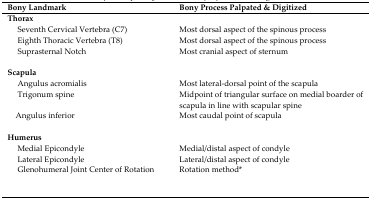
<table><thead><tr><td><b>Bony Landmark</b></td><td><b>Bony Process Palpated &amp; Digitized</b></td></tr></thead><tbody><tr><td colspan="2"><b>Thorax</b></td></tr><tr><td> Seventh Cervical Vertebra (C7)</td><td>Most dorsal aspect of the spinous process</td></tr><tr><td> Eighth Thoracic Vertebra (T8)</td><td>Most dorsal aspect of the spinous process</td></tr><tr><td> Suprasternal Notch</td><td>Most cranial aspect of sternum</td></tr><tr><td colspan="2"><b>Scapula</b></td></tr><tr><td> Angulus acromialis</td><td>Most lateral-dorsal point of the scapula</td></tr><tr><td> Trigonum spine</td><td>Midpoint of triangular surface on medial boarder of scapula in line with scapular spine</td></tr><tr><td> Angulus inferior</td><td>Most caudal point of scapula</td></tr><tr><td colspan="2"><b>Humerus</b></td></tr><tr><td> Medial Epicondyle</td><td>Medial/distal aspect of condyle</td></tr><tr><td> Lateral Epicondyle</td><td>Lateral/distal aspect of condyle</td></tr><tr><td> Glenohumeral Joint Center of Rotation</td><td>Rotation method*</td></tr></tbody></table>